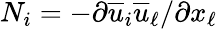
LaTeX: N_{i}=-\partial\overline{{u}}_{i}\overline{{u}}_{\ell}/\partial x_{\ell}